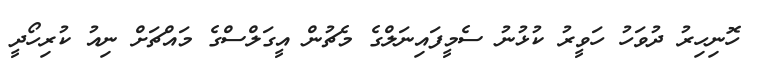
ހޮނިހިރު ދުވަހު ހަވީރު ކުޅުނު ސެމީފައިނަލްގެ މެޗުން އީގަލްސްގެ މައްޗަށް ނިއު ކުރިހޯދީ